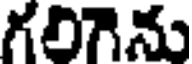
గలిగెను